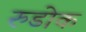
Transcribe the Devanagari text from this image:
रुडोक